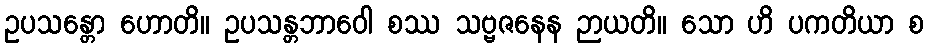
ဥပသန္တော ဟောတိ။ ဥပသန္တဘာဝေါ စဿ သဗ္ဗဇနေန ဉာယတိ။ သော ဟိ ပကတိယာ စ